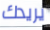
يريدك